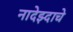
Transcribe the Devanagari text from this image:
नादेझ्दाचे